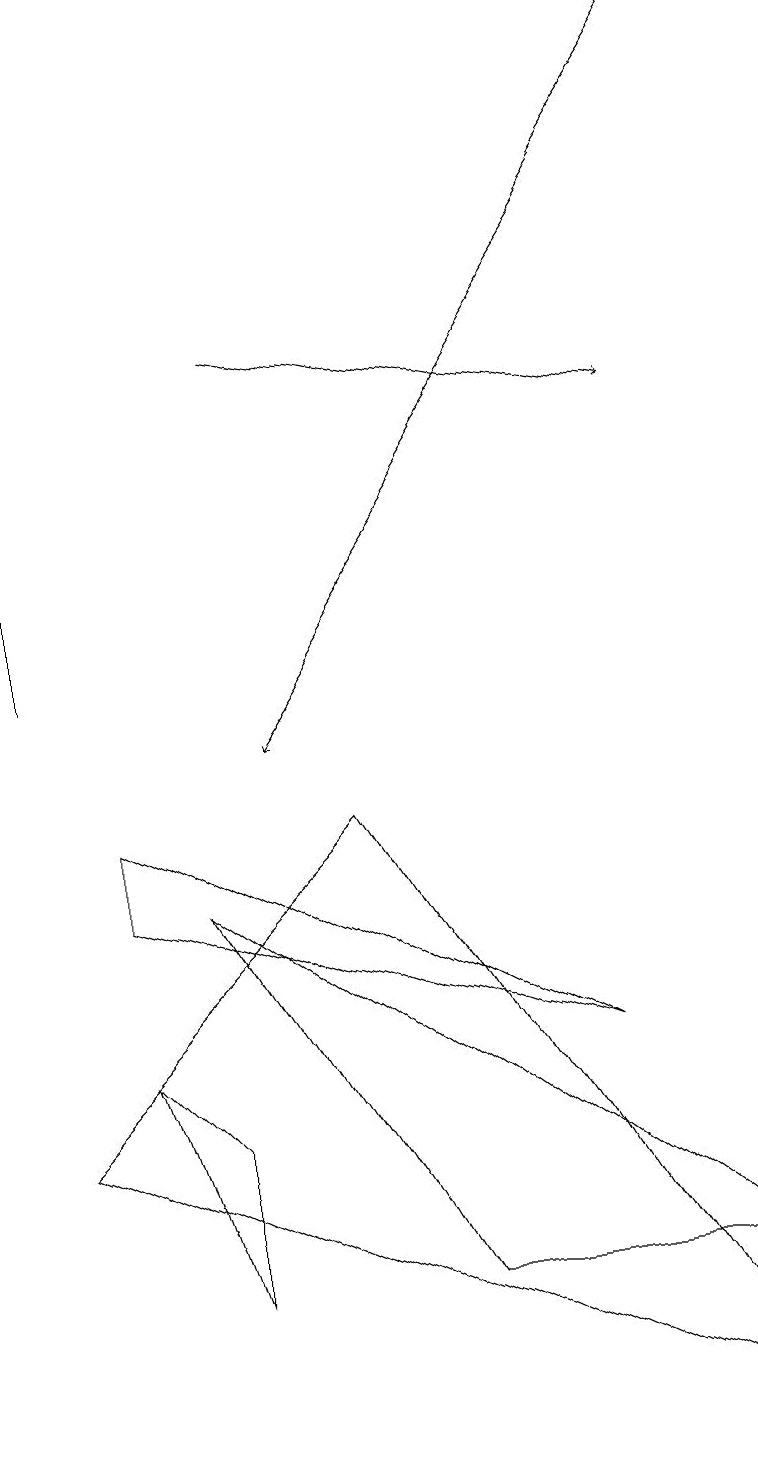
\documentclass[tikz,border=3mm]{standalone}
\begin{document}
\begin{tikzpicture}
\draw[->] (3,15) -- (8,14);
\draw[->] (0,11) -- (0,19);
\draw[->] (9,19) -- (3,10);
\draw (4,9) -- (9,1) -- (0,5) -- cycle;
\draw (1,9) -- (7,6) -- (1,8) -- cycle;
\draw (1,6) -- (2,5) -- (2,3) -- cycle;
\draw (2,8) -- (5,3) -- (9,3) -- cycle;
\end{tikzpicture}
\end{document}